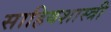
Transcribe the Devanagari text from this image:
साहियशास्त्री